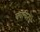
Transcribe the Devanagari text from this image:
क्वचितचं